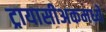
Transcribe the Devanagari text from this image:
ट्रायासीअकमध्ये